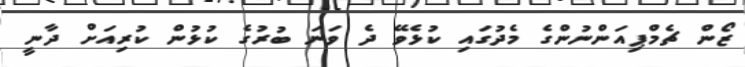
ޒޯން ޗެމްޕިއަންނުންގެ މެދުގައި ކުޅެވޭ ދެ ވަނަ ބުރުގެ ކުޅުން ކުރިއަށް ދާނީ